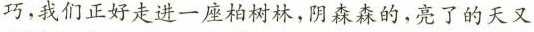
巧，我们正好走进一座柏树林，阴森森的，亮了的天又